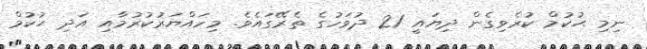
ނިމި ޙުކުމް ކުރެވިގެން ދިޔައީ 21 ދުވަހުގެ ތެރޭގައެވެ. މިހައްޔަރުކުރުމާއި އަދި ޙުކުމް